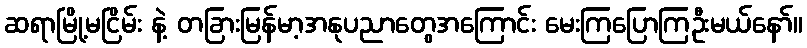
ဆရာမြို့မငြိမ်း နဲ့ တခြားမြန်မာ့အနုပညာတွေအကြောင်း မေးကြပြောကြဦးမယ်နော်။